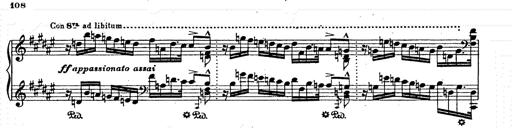
Title: AnnÃ©es de pÃ¨lerinage II
Composer: Franz Liszt